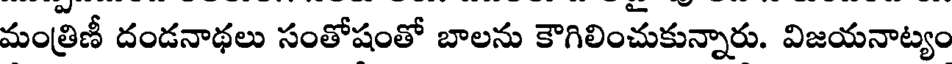
మంత్రిణీ దండనాథలు సంతోషంతో బాలను కౌగిలించుకున్నారు. విజయనాట్యం